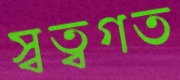
স্বত্বগত